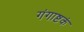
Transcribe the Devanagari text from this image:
गंगाष्टकं